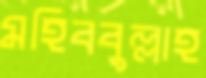
মহিববুল্লাহ